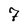
Character: 7